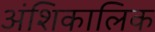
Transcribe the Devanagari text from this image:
अंशिकालिक